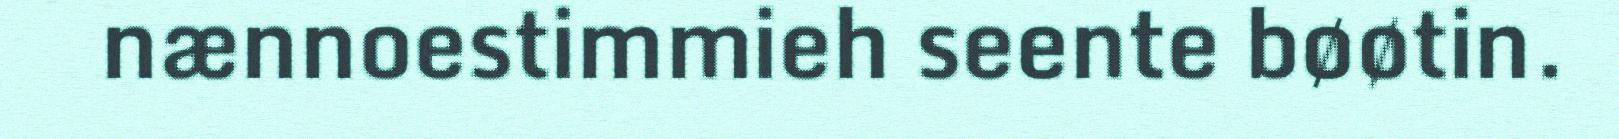
nænnoestimmieh seente bøøtin.